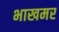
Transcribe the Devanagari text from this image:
भाखमर